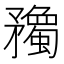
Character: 𥎠